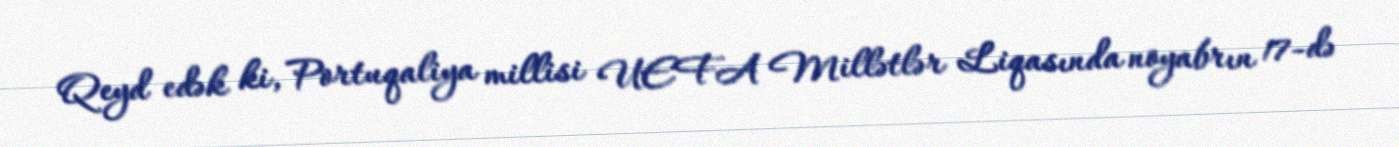
Qeyd edək ki, Portuqaliya millisi UEFA Millətlər Liqasında noyabrın 17-də